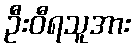
ဦးဝီရသူအား